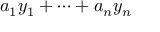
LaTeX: a _ { 1 } y _ { 1 } + \cdots + a _ { n } y _ { n }